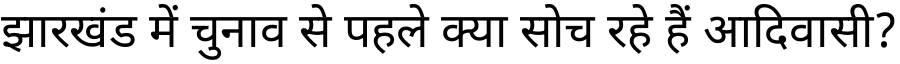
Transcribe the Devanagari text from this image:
झारखंड में चुनाव से पहले क्या सोच रहे हैं आदिवासी?